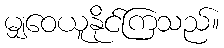
မျှဝေယူနိုင်ကြသည်။